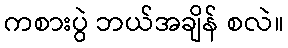
ကစားပွဲ ဘယ်အချိန် စလဲ။